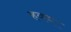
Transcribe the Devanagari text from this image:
हवय